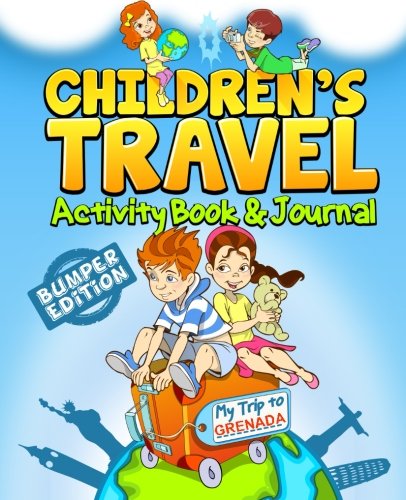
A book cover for Children's Travel Activity Book & Journal: My Trip to Grenada; TravelJournalBooks; Travel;